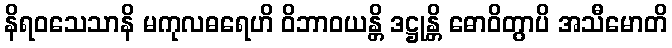
နိရဝသေသာနိ မကုလဓရေဟိ ဝိဘာဝယန္တိ ဒဋ္ဌုန္တိ ဓောဝိတွာပိ အသီမောတိ